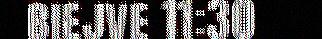
biejve 11:30